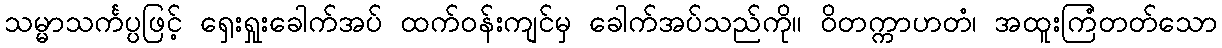
သမ္မာသင်္ကပ္ပဖြင့် ရှေးရှုးခေါက်အပ် ထက်ဝန်းကျင်မှ ခေါက်အပ်သည်ကို။ ဝိတက္ကာဟတံ၊ အထူးကြံတတ်သော